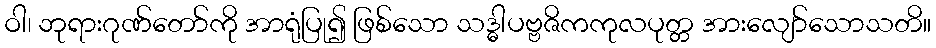
ဝါ၊ ဘုရားဂုဏ်တော်ကို အာရုံပြု၍ ဖြစ်သော သဒ္ဓါပဗ္ဗဇိကကုလပုတ္တ အားလျော်သောသတိ။